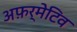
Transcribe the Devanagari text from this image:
अफ़र्मेटिव